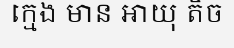
ក្មេង មាន អាយុ តិច